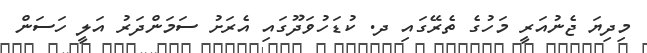
މިދިޔަ ޖެނުއަރީ މަހުގެ ތެރޭގައި ދ. ކުޑަހުވަދޫގައި އެރަށު ސަމަންދަރު އަލީ ހަސަން